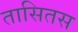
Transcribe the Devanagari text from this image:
तासितस